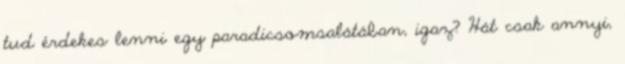
tud érdekes lenni egy paradicsomsalátában, igaz? Hát csak annyi,